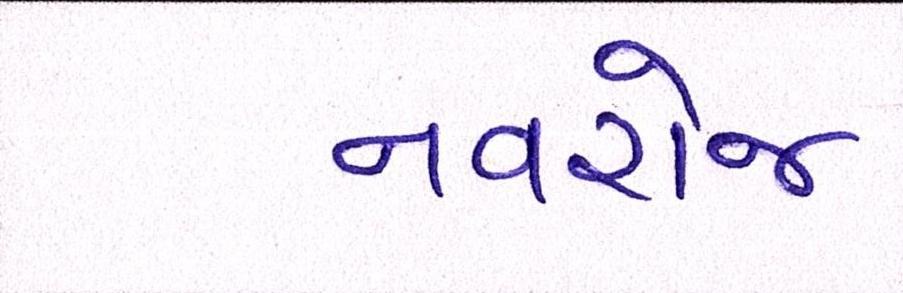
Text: નવરોજ